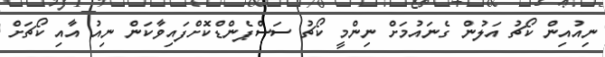
ނިއުއިން ކޯޗު އަލުން ގެނައުމަށް ނިންމީ ކޯޗު ސަސްޕެންޑްކޮށްފައިވާކަން ނިއު އާއި ކޯޗަށް